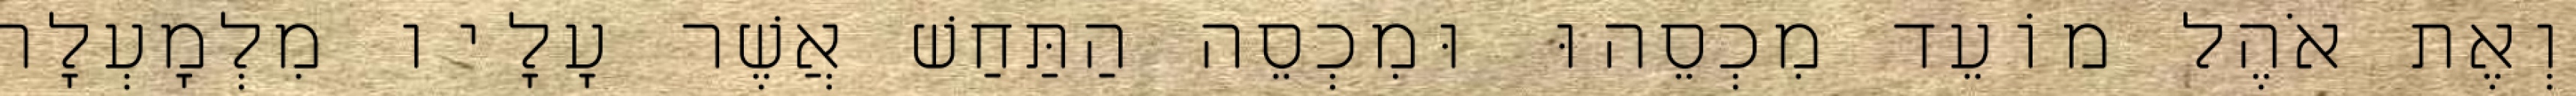
וְאֶת אֹהֶל מוֹעֵד מִכְסֵהוּ וּמִכְסֵה הַתַּחַשׁ אֲשֶׁר עָלָיו מִלְמָעְלָה